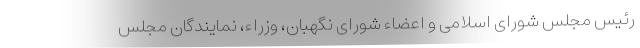
رئیس مجلس شورای اسلامی و اعضاء شورای نگهبان، وزراء، نمایندگان مجلس